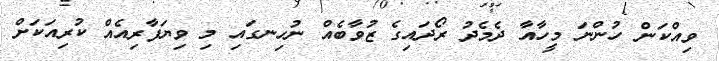
ވިއްކަން ހުންނަ މީހާއާ ދެމެދު ރޯދައިގެ ޒުވާބެއް ނުހިނގައި މި ވިޔަފާރިއެއް ކުރިއަކަށް